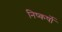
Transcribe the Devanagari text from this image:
निष्कर्षो